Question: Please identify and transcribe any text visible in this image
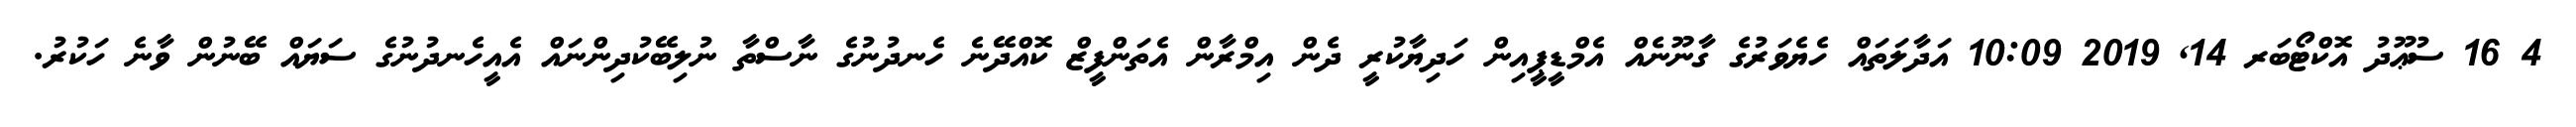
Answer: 4 16 ސުޢޫދު އޮކްޓޯބަރ 14, 2019 10:09 އަދާލަތައް ހެޔެވަރުގެ ގާނޫނެއް އެމްޑީޕީއިން ހަދިޔާކުރީ ދެން އިމްރާން އެތަންފީޒް ކޮއްދޭނެ ހެނދުނުގެ ނާސްތާ ނުލިބޭކުދިންނައް އެއީހެނދުނުގެ ސަޔައް ބޭނުން ވާނެ ހަކުރު.